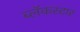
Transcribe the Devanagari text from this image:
ब्लॅकस्टार